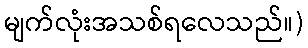
မျက်လုံးအသစ်ရလေသည်။)